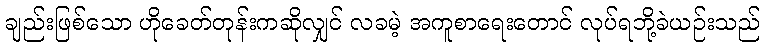
ချည်းဖြစ်သော ဟိုခေတ်တုန်းကဆိုလျှင် လခမဲ့ အကူစာရေးတောင် လုပ်ရဘို့ခဲယဉ်းသည်